Indian journal of veterinary science and animal husbandry - Volume 9,
Year: 1939
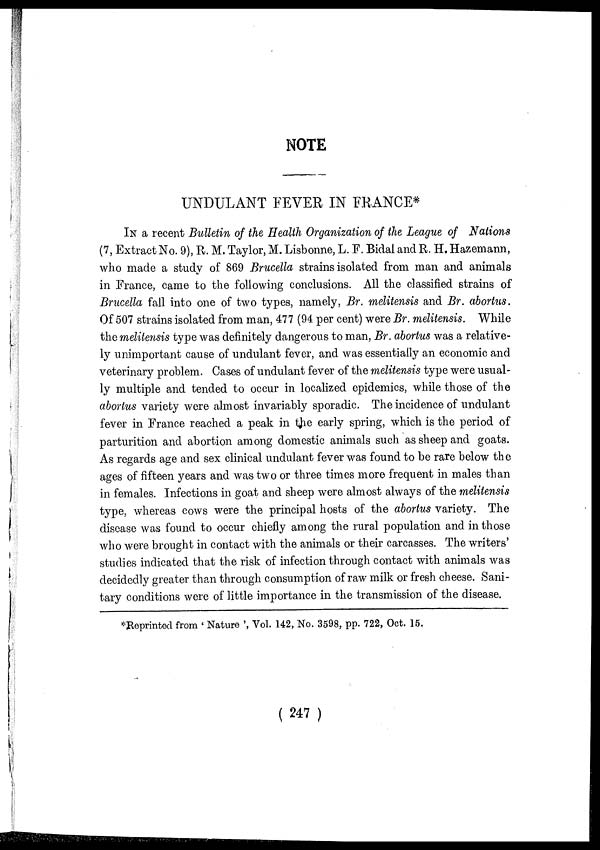
NOTE
UNDULANT FEVER IN FRANCE*
IN a recent Bulletin of the Health Organization of the League of Nations
(7, Extract No. 9), R. M. Taylor, M. Lisbonne, L. F. Bidal and R. H. Hazemann,
who made a study of 869 Brucella strains isolated from man and animals
in France, came to the following conclusions. All the classified strains of
Brucella fall into one of two types, namely, Br. melitensis and Br. abortus.
Of 507 strains isolated from man, 477 (94 per cent) were Br. melitensis. While
the melitensis type was definitely dangerous to man, Br. abortus was a relative-
ly unimportant cause of undulant fever, and was essentially an economic and
veterinary problem. Cases of undulant fever of the melitensis type were usual-
ly multiple and tended to occur in localized epidemics, while those of the
abortus variety were almost invariably sporadic. The incidence of undulant
fever in France reached a peak in the early spring, which is the period of
parturition and abortion among domestic animals such as sheep and goats.
As regards age and sex clinical undulant fever was found to be rare below the
ages of fifteen years and was two or three times more frequent in males than
in females. Infections in goat and sheep were almost always of the melitensis
type, whereas cows were the principal hosts of the abortus variety. The
disease was found to occur chiefly among the rural population and in those
who were brought in contact with the animals or their carcasses. The writers'
studies indicated that the risk of infection through contact with animals was
decidedly greater than through consumption of raw milk or fresh cheese. Sani-
tary conditions were of little importance in the transmission of the disease.
*Reprinted from ' Nature ', Vol. 142, No. 3598, pp. 722, Oct. 15.
( 247 )